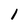
Character: 1